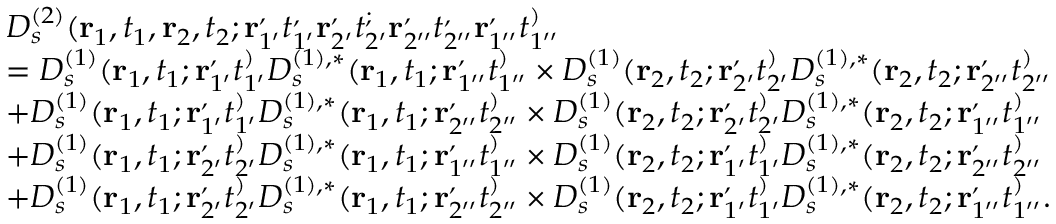
\begin{array} { r l } & { D _ { s } ^ { ( 2 ) } ( \mathbf { r } _ { 1 } , t _ { 1 } , \mathbf { r } _ { 2 } , t _ { 2 } ; \mathbf { r } _ { 1 ^ { \prime } } ^ , t _ { 1 ^ { \prime } } ^ , \mathbf { r } _ { 2 ^ { \prime } } ^ , t _ { 2 ^ { \prime } } ^ ; \mathbf { r } _ { 2 ^ { \prime \prime } } ^ , t _ { 2 ^ { \prime \prime } } ^ , \mathbf { r } _ { 1 ^ { \prime \prime } } ^ , t _ { 1 ^ { \prime \prime } } ^ ) } \\ & { = D _ { s } ^ { ( 1 ) } ( \mathbf { r } _ { 1 } , t _ { 1 } ; \mathbf { r } _ { 1 ^ { \prime } } ^ , t _ { 1 ^ { \prime } } ^ ) D _ { s } ^ { ( 1 ) , * } ( \mathbf { r } _ { 1 } , t _ { 1 } ; \mathbf { r } _ { 1 ^ { \prime \prime } } ^ , t _ { 1 ^ { \prime \prime } } ^ ) \times D _ { s } ^ { ( 1 ) } ( \mathbf { r } _ { 2 } , t _ { 2 } ; \mathbf { r } _ { 2 ^ { \prime } } ^ , t _ { 2 ^ { \prime } } ^ ) D _ { s } ^ { ( 1 ) , * } ( \mathbf { r } _ { 2 } , t _ { 2 } ; \mathbf { r } _ { 2 ^ { \prime \prime } } ^ , t _ { 2 ^ { \prime \prime } } ^ ) } \\ & { + D _ { s } ^ { ( 1 ) } ( \mathbf { r } _ { 1 } , t _ { 1 } ; \mathbf { r } _ { 1 ^ { \prime } } ^ , t _ { 1 ^ { \prime } } ^ ) D _ { s } ^ { ( 1 ) , * } ( \mathbf { r } _ { 1 } , t _ { 1 } ; \mathbf { r } _ { 2 ^ { \prime \prime } } ^ , t _ { 2 ^ { \prime \prime } } ^ ) \times D _ { s } ^ { ( 1 ) } ( \mathbf { r } _ { 2 } , t _ { 2 } ; \mathbf { r } _ { 2 ^ { \prime } } ^ , t _ { 2 ^ { \prime } } ^ ) D _ { s } ^ { ( 1 ) , * } ( \mathbf { r } _ { 2 } , t _ { 2 } ; \mathbf { r } _ { 1 ^ { \prime \prime } } ^ , t _ { 1 ^ { \prime \prime } } ^ ) } \\ & { + D _ { s } ^ { ( 1 ) } ( \mathbf { r } _ { 1 } , t _ { 1 } ; \mathbf { r } _ { 2 ^ { \prime } } ^ , t _ { 2 ^ { \prime } } ^ ) D _ { s } ^ { ( 1 ) , * } ( \mathbf { r } _ { 1 } , t _ { 1 } ; \mathbf { r } _ { 1 ^ { \prime \prime } } ^ , t _ { 1 ^ { \prime \prime } } ^ ) \times D _ { s } ^ { ( 1 ) } ( \mathbf { r } _ { 2 } , t _ { 2 } ; \mathbf { r } _ { 1 ^ { \prime } } ^ , t _ { 1 ^ { \prime } } ^ ) D _ { s } ^ { ( 1 ) , * } ( \mathbf { r } _ { 2 } , t _ { 2 } ; \mathbf { r } _ { 2 ^ { \prime \prime } } ^ , t _ { 2 ^ { \prime \prime } } ^ ) } \\ & { + D _ { s } ^ { ( 1 ) } ( \mathbf { r } _ { 1 } , t _ { 1 } ; \mathbf { r } _ { 2 ^ { \prime } } ^ , t _ { 2 ^ { \prime } } ^ ) D _ { s } ^ { ( 1 ) , * } ( \mathbf { r } _ { 1 } , t _ { 1 } ; \mathbf { r } _ { 2 ^ { \prime \prime } } ^ , t _ { 2 ^ { \prime \prime } } ^ ) \times D _ { s } ^ { ( 1 ) } ( \mathbf { r } _ { 2 } , t _ { 2 } ; \mathbf { r } _ { 1 ^ { \prime } } ^ , t _ { 1 ^ { \prime } } ^ ) D _ { s } ^ { ( 1 ) , * } ( \mathbf { r } _ { 2 } , t _ { 2 } ; \mathbf { r } _ { 1 ^ { \prime \prime } } ^ , t _ { 1 ^ { \prime \prime } } ^ ) . } \end{array}